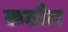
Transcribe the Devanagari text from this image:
कठौत